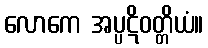
လောကေ အပ္ပဋိဝတ္တိယံ။